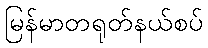
မြန်မာတရုတ်နယ်စပ်